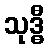
သုဒ္ဓီ